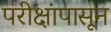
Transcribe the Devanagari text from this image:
परीक्षांपासून